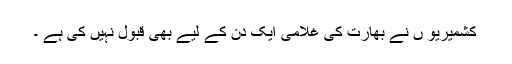
کشمیریو ں نے بھارت کی غلامی ایک دن کے لیے بھی قبول نہیں کی ہے ۔